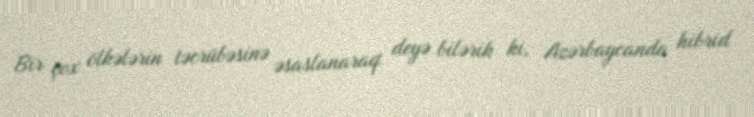
Bir çox ölkələrin təcrübəsinə əsaslanaraq deyə bilərik ki, Azərbaycanda hibrid